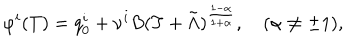
\varphi ^ { i } ( T ) = q _ { 0 } ^ { i } + \nu ^ { i } B ( T + \tilde { \Lambda } ) ^ { \frac { 1 - \alpha } { 1 + \alpha } } , \quad ( \alpha \not = \pm 1 ) ,